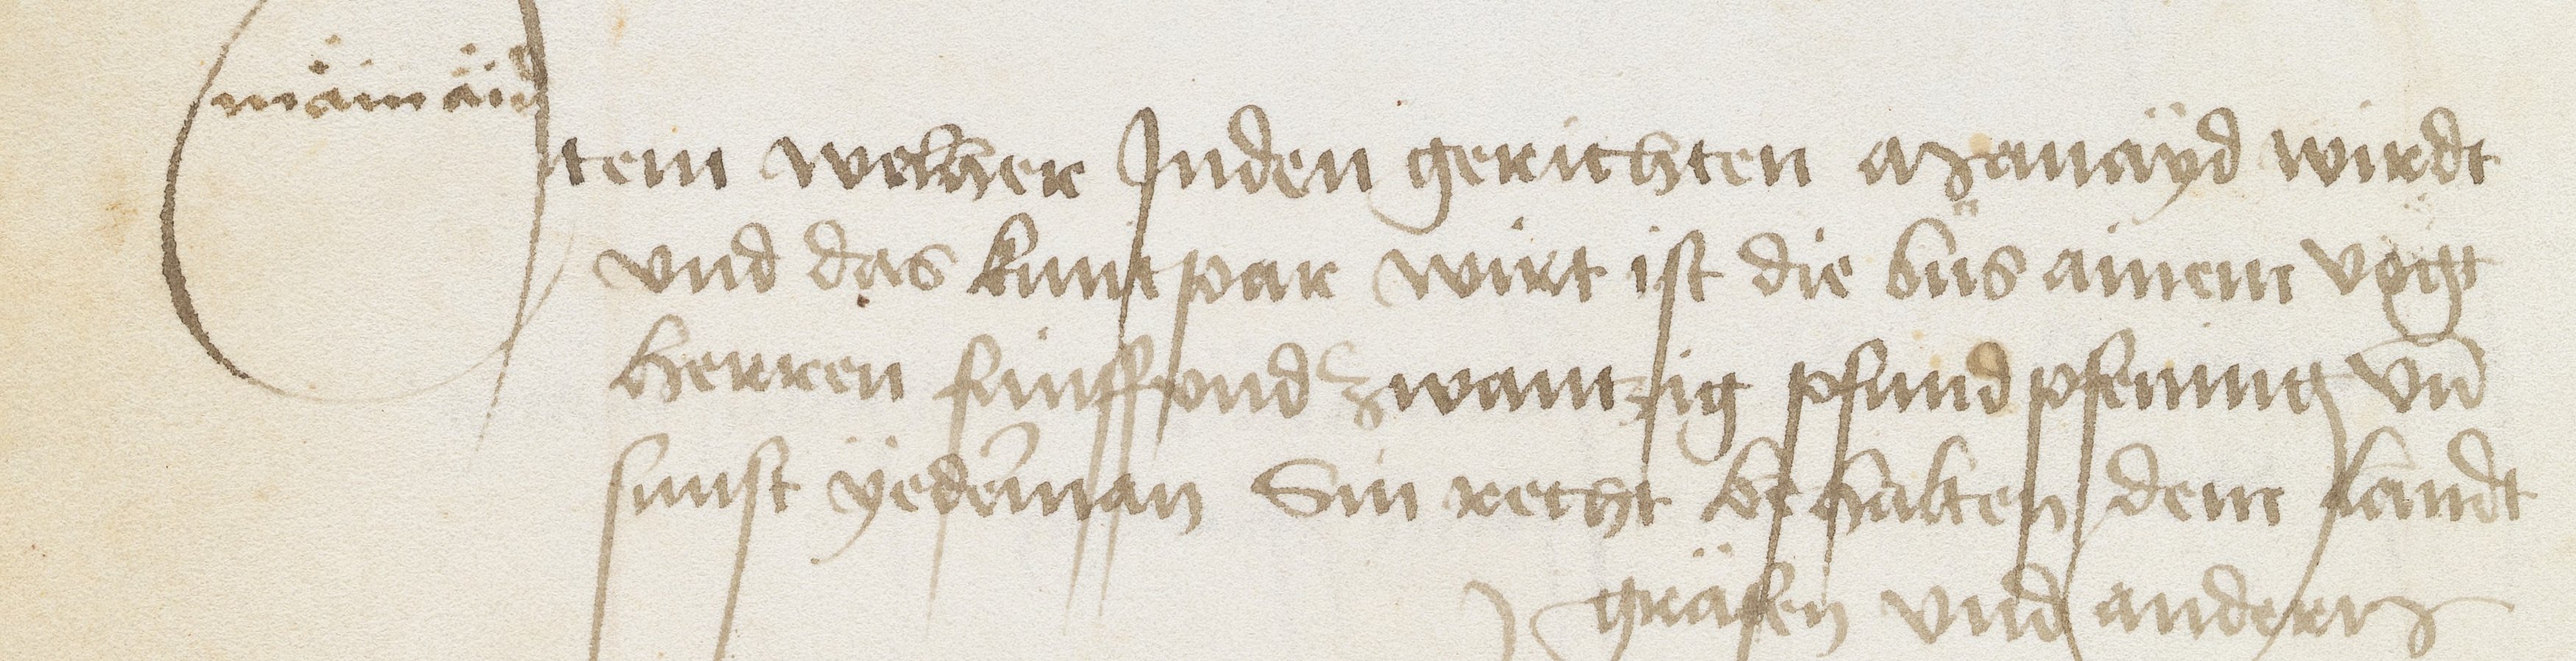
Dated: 1469–1469